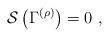
LaTeX: \begin{align*}{\cal S}\left( \Gamma ^{\left( \rho \right) }\right) =0\,\,, \end{align*}